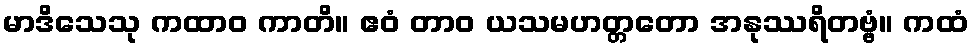
မာဒိသေသု ကထာဝ ကာတိ။ ဧဝံ တာဝ ယသမဟတ္တတော အနုဿရိတဗ္ဗံ။ ကထံ